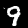
Digit: 9